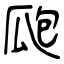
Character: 瓟